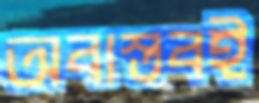
অবাস্তবই